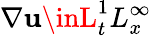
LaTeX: \nabla\mathbf{u}\inL_{t}^{1}L_{x}^{\infty}